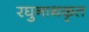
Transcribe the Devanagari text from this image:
रघुनाथकृत